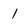
Character: 1